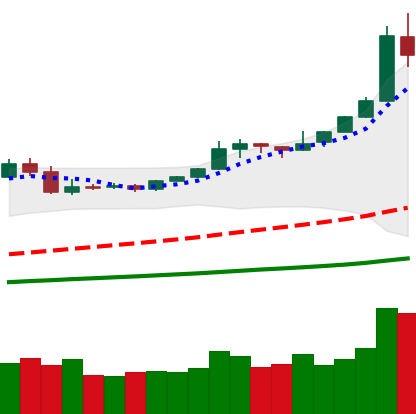
Ticker: BTC-USD
Chart end date: 2019-05-12
Forward return: 5.328%
Label: up_5_7